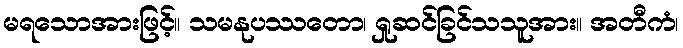
မရသောအားဖြင့်။ သမနုပဿတော၊ ရှုဆင်ခြင်သသူအား။ အတီကံ၊